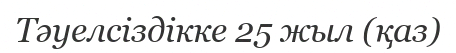
Тәуелсіздікке 25 жыл (қаз)